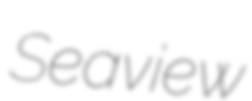
Seaview